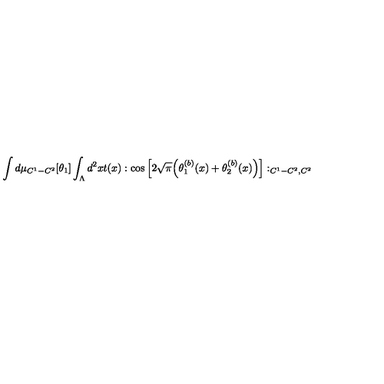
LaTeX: \int d \mu _ { C ^ { 1 } - C ^ { 2 } } [ \theta _ { 1 } ] \int _ { \Lambda } d ^ { 2 } x t ( x ) : \cos \Big [ 2 \sqrt { \pi } \Big ( \theta _ { 1 } ^ { ( b ) } ( x ) + \theta _ { 2 } ^ { ( b ) } ( x ) \Big ) \Big ] : _ { C ^ { 1 } - C ^ { 2 } , C ^ { 2 } }